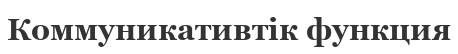
Коммуникативтік функция